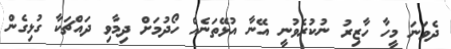
ދެވަނަ މީހާ ހާޒިރު ނުކުރެވުނީ އޭނާ އުޅޭތަނެއް ހޯދުމަށް ދިމާވި ދައްޗަކާ ގުޅިގެން